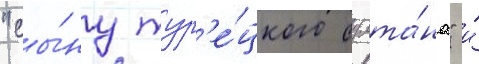
"сы́ну тур'е́цкого султа́на" и́